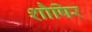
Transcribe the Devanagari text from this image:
शौषिर